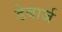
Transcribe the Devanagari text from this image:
डेबार्ज